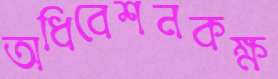
অধিবেশনকক্ষ